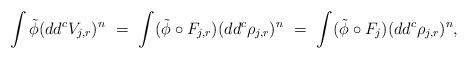
LaTeX: \begin{align*}\int\tilde\phi(dd^cV_{j,r})^n\ = \ \int(\tilde\phi\circ F_{j,r})(dd^c\rho_{j,r})^n\ = \ \int(\tilde\phi\circ F_j)(dd^c\rho_{j,r})^{n},\end{align*}